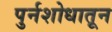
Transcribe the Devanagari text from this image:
पुर्नशोधातून